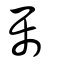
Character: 屬